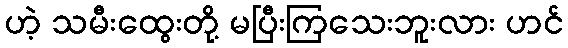
ဟဲ့ သမီးထွေးတို့ မပြီးကြသေးဘူးလား ဟင်